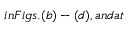
i n F i g s . ( b ) - ( d ) , a n d a t